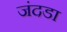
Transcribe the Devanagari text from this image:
जंदडा